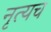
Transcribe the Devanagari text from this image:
नृत्यच